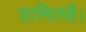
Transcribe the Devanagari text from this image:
शामिलहै।